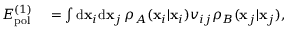
\begin{array} { r l } { E _ { \mathrm { p o l } } ^ { ( 1 ) } } & { { } = \int \mathrm { d } \mathbf { x } _ { i } \mathrm { d } \mathbf { x } _ { j } \, \rho _ { A } ( \mathbf { x } _ { i } | \mathbf { x } _ { i } ) v _ { i j } \rho _ { B } ( \mathbf { x } _ { j } | \mathbf { x } _ { j } ) , } \end{array}